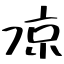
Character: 凉